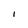
Character: I